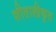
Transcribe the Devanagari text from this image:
शीतालीकृत